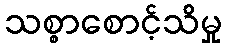
သစ္စာစောင့်သိမှု